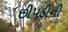
છીપડીની